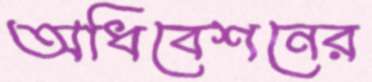
অধিবেশনের